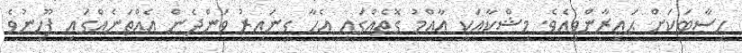
ހިސާބަކަށް ޙައިރާންވިއެވެ. މިޝްކާއަކީ ޢާއްމު ގޮތެއްގައި އެހާ ގިނައިރު ވަންދެން އެއްތަނެއްގައި ފޫހިނުވެ